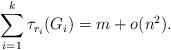
LaTeX: \begin{align*} \sum_{i=1}^k \tau_{r_i}(G_i)= m+o(n^2). \end{align*}